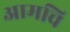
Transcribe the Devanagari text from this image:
आमचि